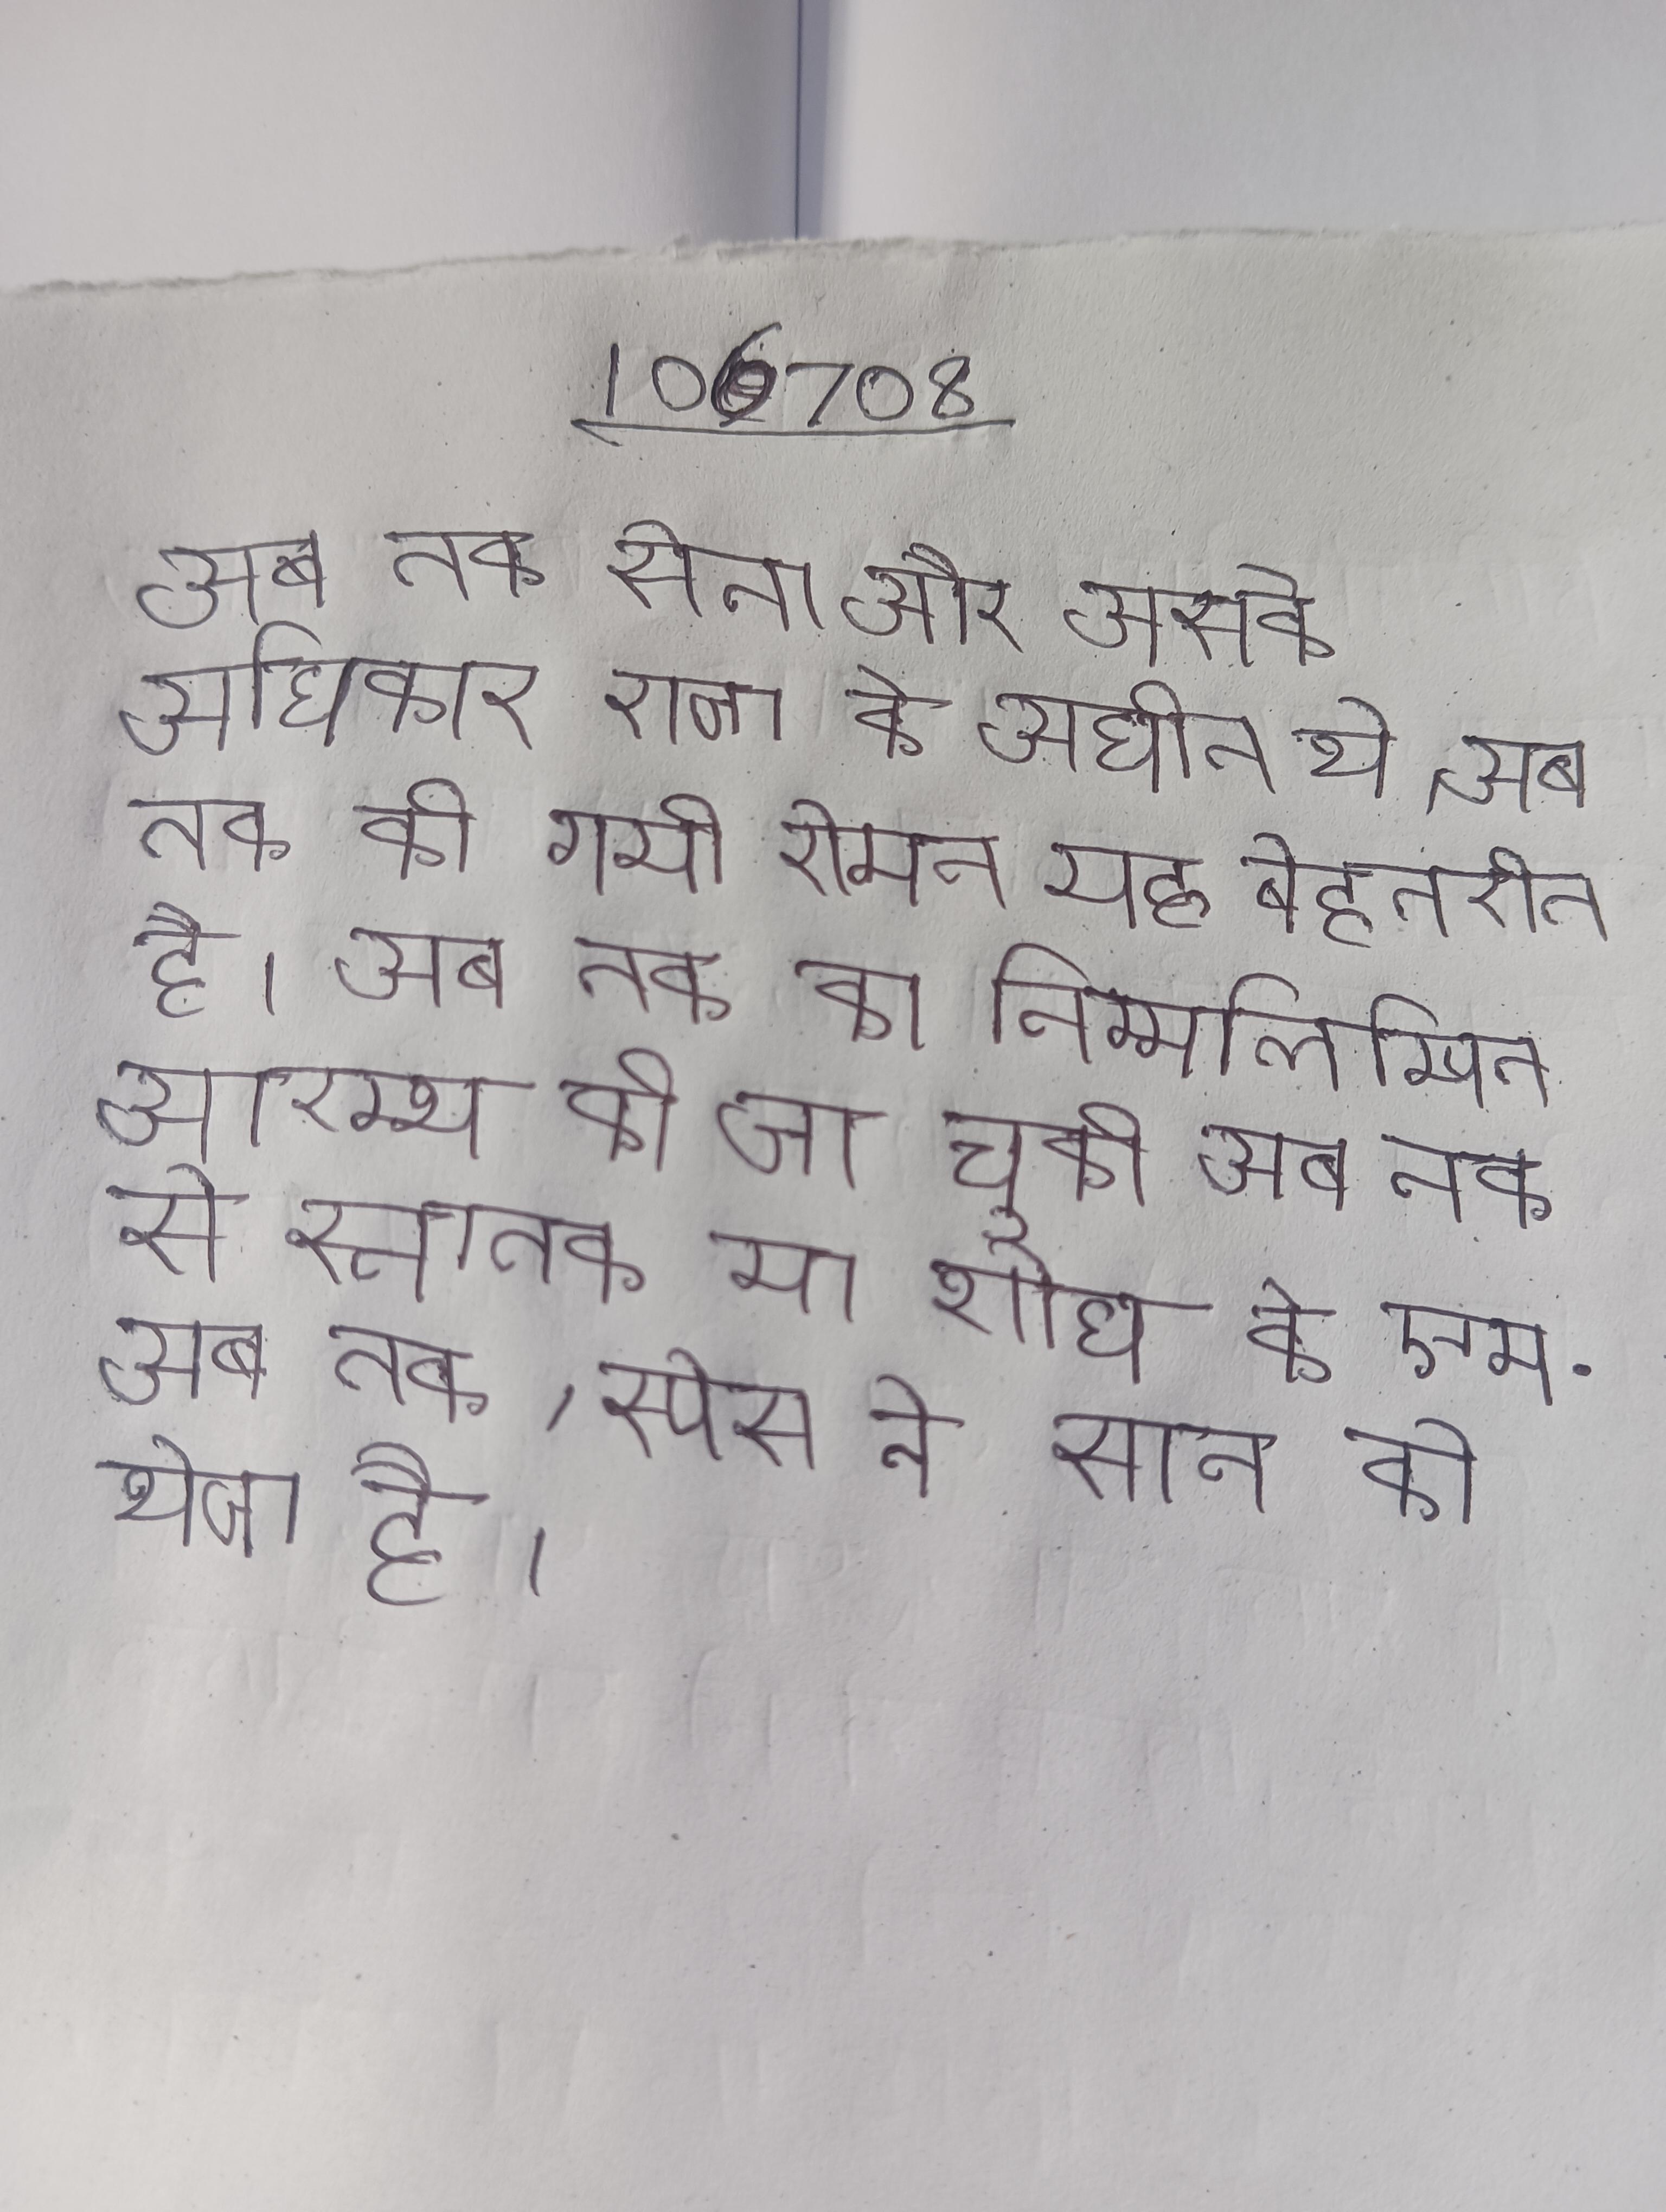
अब तक सेना और उसके अधिकार राजा के अधीन थे । अब तक की गयी रोमन यह बेहतरीन है । अब तक का निम्नलिखित आरम्भ की जा चुकी अब तक से स्नातक या शोध के एम . अब तक, स्पेस ने सात को भेजा है ।